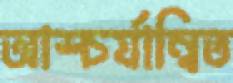
আশ্চর্যান্বিত